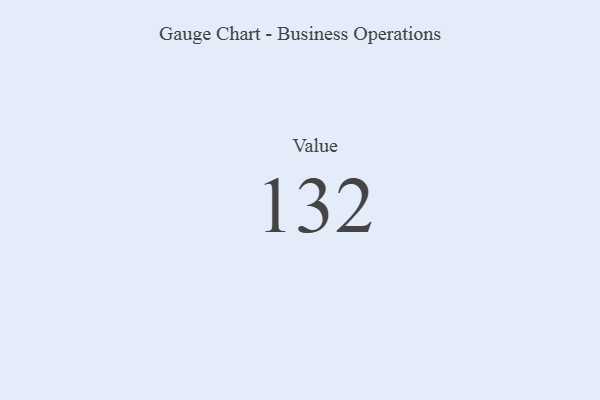
{"axis": {"x": "Metric", "y": "Value"}, "legend": [""], "data": [{"x": "Value", "y": 132, "type": ""}]}